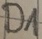
Text: D1